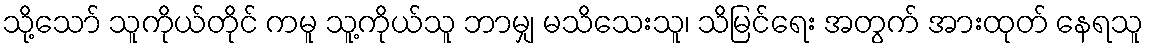
သို့သော် သူကိုယ်တိုင် ကမူ သူ့ကိုယ်သူ ဘာမျှ မသိသေးသူ၊ သိမြင်ရေး အတွက် အားထုတ် နေရသူ